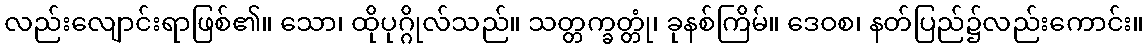
လည်းလျောင်းရာဖြစ်၏။ သော၊ ထိုပုဂ္ဂိုလ်သည်။ သတ္တက္ခတ္တုံ၊ ခုနစ်ကြိမ်။ ဒေဝစ၊ နတ်ပြည်၌လည်းကောင်း။